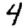
Digit: 4